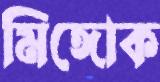
মিঙ্গোক